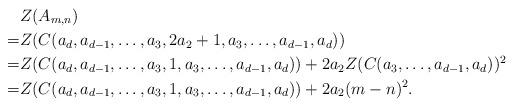
LaTeX: \begin{align*} &Z(A_{m,n}) \\=&Z(C(a_d,a_{d-1},\ldots,a_3,2a_2+1,a_3,\ldots,a_{d-1},a_d))\\=&Z(C(a_d,a_{d-1},\ldots,a_3,1,a_3,\ldots,a_{d-1},a_d))+2a_2Z(C(a_3,\ldots,a_{d-1},a_d))^2\\=&Z(C(a_d,a_{d-1},\ldots,a_3,1,a_3,\ldots,a_{d-1},a_d))+2a_2(m-n)^2.\end{align*}